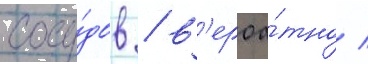
сосу́дов / в'ероа́тно /